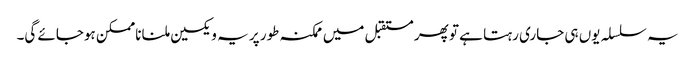
یہ سلسلہ یوں ہی جاری رہتا ہے تو پھر مستقبل میں ممکنہ طور پر یہ ویکسین ملنا ناممکن ہوجائے گی۔